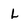
Character: L